Annual report on the Civil Veterinary Department, Burma (including the Insein Veterinary School) - 1932-1941
Year: 1932
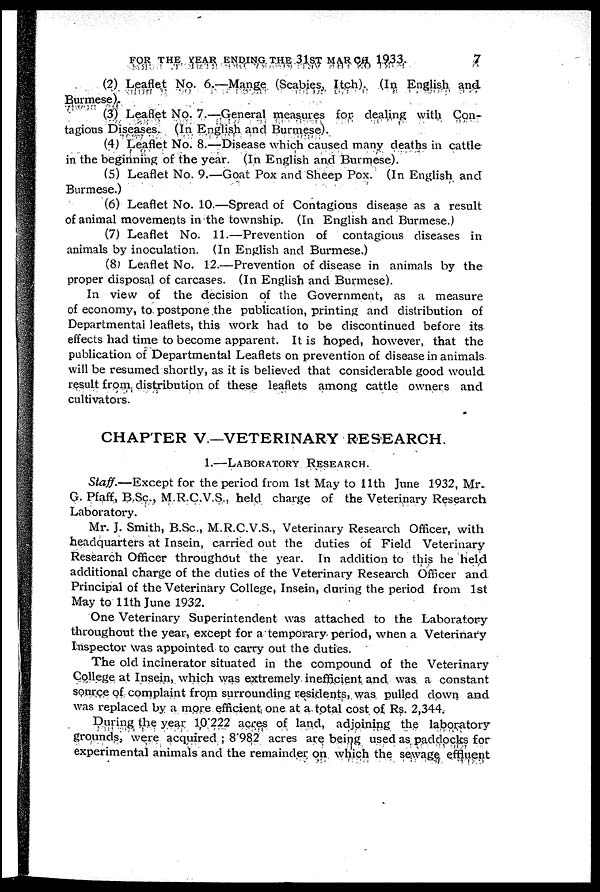
FOR THE YEAR ENDING THE 31ST MARCH. 1933.
7
(2) Leaflet No. 6.—Mange (Scabies, Itch). (In English and
Burmese).
(3) Leaflet No. 7.—General measures for dealing with Con-
tagions Diseases. (In English and Burmese).
(4) Leaflet No. 8.—Disease which caused many deaths in cattle
in the beginning of the year. (In English and Burmese).
(5) Leaflet No. 9.—Goat Pox and Sheep Pox. (In English and
Burmese.)
(6) Leaflet No. 10.—Spread of Contagious disease as a result
of animal movements in the township. (In English and Burmese.)
(7) Leaflet No. 11.—Prevention of contagious diseases in
animals by inoculation. (In English and Burmese.)
(8) Leaflet No. 12.—Prevention of disease in animals by the
proper disposal of carcases. (In English and Burmese).
In view of the decision of the Government, as a measure
of economy, to postpone the publication, printing and distribution of
Departmental leaflets, this work had to be discontinued before its
effects had time to become apparent. It is hoped, however, that the
publication of Departmental Leaflets on prevention of disease in animals
will be resumed shortly, as it is believed that considerable good would
result from distribution of these leaflets among cattle owners and
cultivators.
CHAPTER V—VETERINARY RESEARCH.
1.—LABORATORY RESEARCH.
Staff.—Except for the period from 1st May to 11th June 1932, Mr.
G. Pfaff, B.Sc., M.R.C.V.S., held charge of the Veterinary Research
Laboratory.
Mr. J. Smith, B.Sc., M.R.C.V.S., Veterinary Research Officer, with
headquarters at Insein, carried out the duties of Field Veterinary
Research Officer throughout the year. In addition to this he held
additional charge of the duties of the Veterinary Research Officer and
Principal of the Veterinary College, Insein, during the period from 1st
May to 11th June 1932.
One Veterinary Superintendent was attached to the Laboratory
throughout the year, except for a temporary period, when a Veterinary
Inspector was appointed to carry out the duties.
The old incinerator situated in the compound of the Veterinary
College at Insein, which was extremely inefficient and was a constant
source of complaint from surrounding residents, was pulled down and
was replaced by a more efficient one at a total cost of Rs. 2,344.
During the year 10 222 acres of land, adjoining the laboratory
grounds, were acquired ; 8.982 acres are being used as paddocks for
experimental animals and the remainder on which the sewage effluent